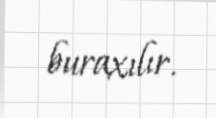
buraxılır.